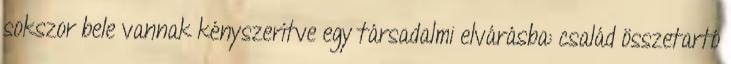
sokszor bele vannak kényszerítve egy társadalmi elvárásba: család összetartó